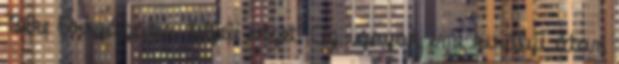
Béke Országába, felfelé vezet. Az igazak eme királyi úton